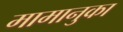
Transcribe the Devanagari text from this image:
मामानुका